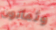
وثمانون